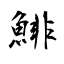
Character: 鯡